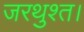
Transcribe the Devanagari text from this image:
जरथुश्त।